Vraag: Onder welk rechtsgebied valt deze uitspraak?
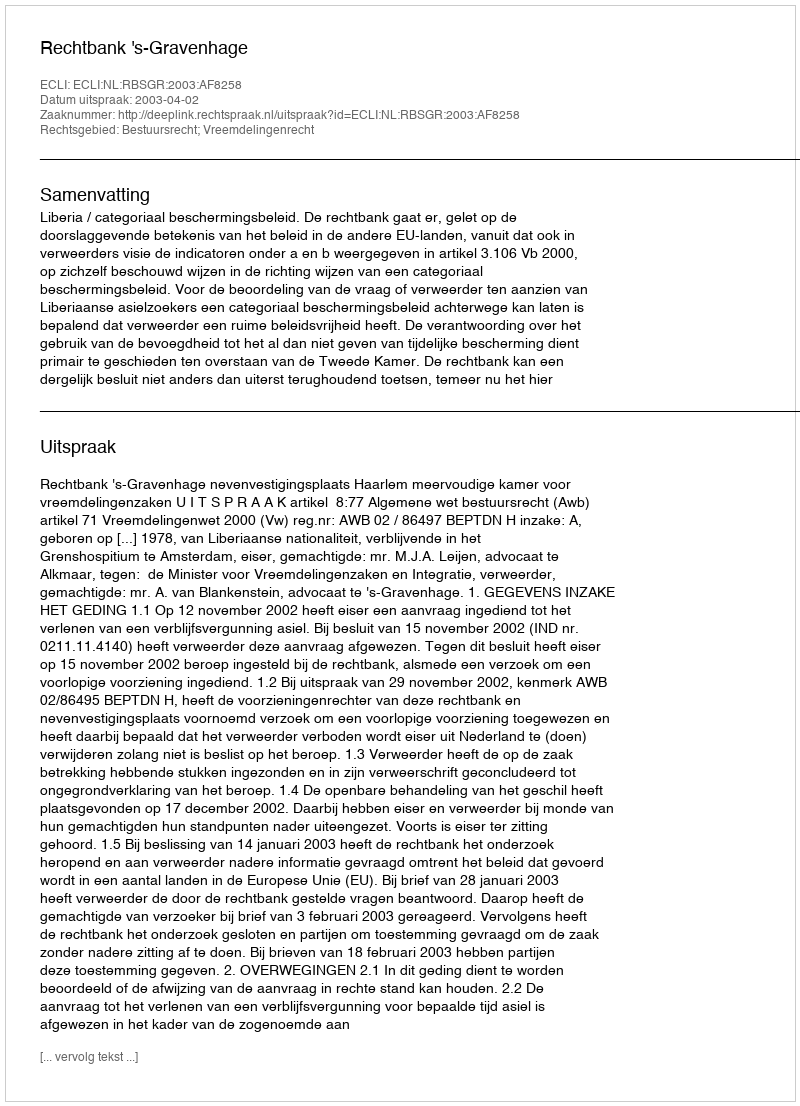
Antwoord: Bestuursrecht; Vreemdelingenrecht